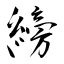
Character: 縍